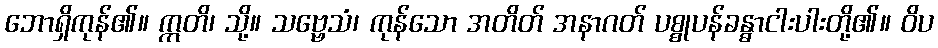
ဘောရှိကုန်၏။ ဣတိ၊ သို့။ သဗ္ဗေသံ၊ ကုန်သော အတိတ် အနာဂတ် ပစ္စုပန်ခန္ဓာငါးပါးတို့၏။ ဝိပ